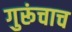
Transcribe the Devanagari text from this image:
गुरूंचाच